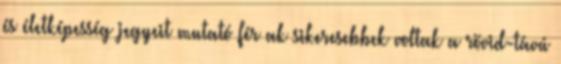
és életképesség jegyeit mutató férﬁak sikeresebbek voltak a rövid-távú